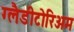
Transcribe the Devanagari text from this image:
ग्लैडीटोरिअम